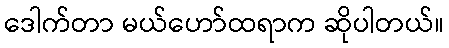
ဒေါက်တာ မယ်ဟော်ထရာက ဆိုပါတယ်။